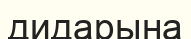
дидарына